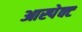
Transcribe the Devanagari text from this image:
आस्पेक्ट